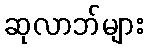
ဆုလာဘ်များ